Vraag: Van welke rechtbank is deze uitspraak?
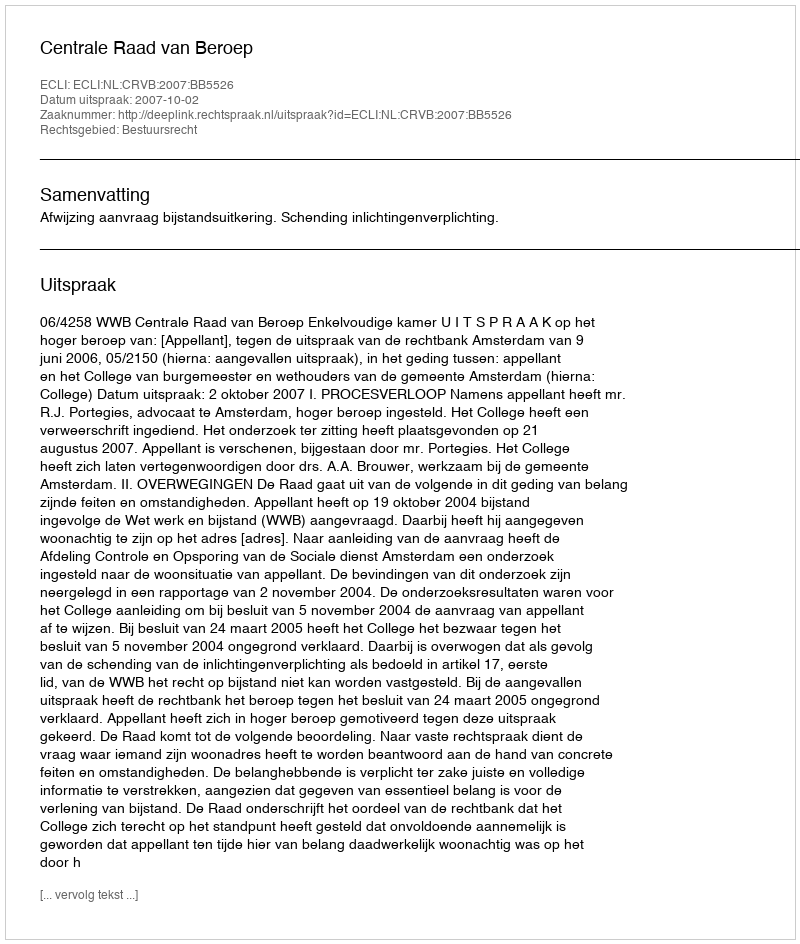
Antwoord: Centrale Raad van Beroep